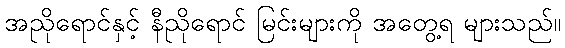
အညိုရောင်နှင့် နီညိုရောင် မြင်းများကို အတွေ့ရ များသည်။